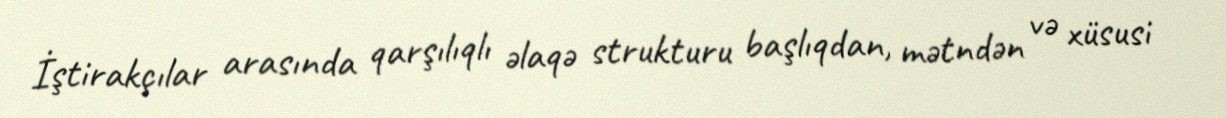
İştirakçılar arasında qarşılıqlı əlaqə strukturu başlıqdan, mətndən və xüsusi